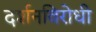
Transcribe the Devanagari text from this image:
दर्शनविरोधी